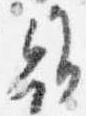
雖